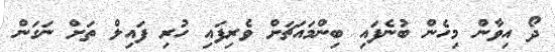
ދޯ އިވާން މިހެން ބުނެފައި ބިންމައަޗަށް ވެރިފައި ހުރި ފައިލް ތަށް ނަގަން